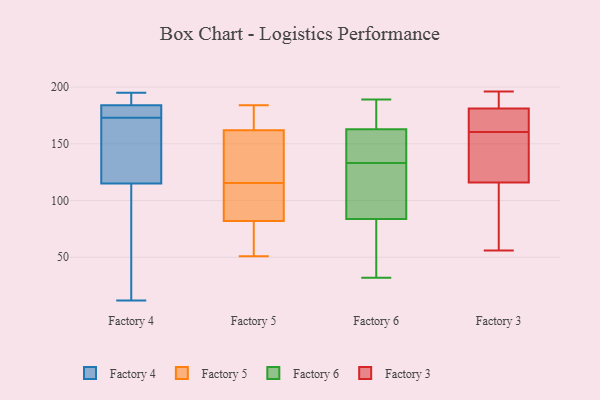
{"axis": {"x": "Backlog", "y": "Value"}, "legend": ["Factory 3", "Factory 4", "Factory 5", "Factory 6"], "data": [{"x": "", "y": 39, "type": "Factory 4"}, {"x": "", "y": 193, "type": "Factory 4"}, {"x": "", "y": 133, "type": "Factory 4"}, {"x": "", "y": 182, "type": "Factory 4"}, {"x": "", "y": 180, "type": "Factory 4"}, {"x": "", "y": 184, "type": "Factory 4"}, {"x": "", "y": 195, "type": "Factory 4"}, {"x": "", "y": 115, "type": "Factory 4"}, {"x": "", "y": 12, "type": "Factory 4"}, {"x": "", "y": 166, "type": "Factory 4"}, {"x": "", "y": 82, "type": "Factory 5"}, {"x": "", "y": 183, "type": "Factory 5"}, {"x": "", "y": 111, "type": "Factory 5"}, {"x": "", "y": 51, "type": "Factory 5"}, {"x": "", "y": 184, "type": "Factory 5"}, {"x": "", "y": 103, "type": "Factory 5"}, {"x": "", "y": 162, "type": "Factory 5"}, {"x": "", "y": 75, "type": "Factory 5"}, {"x": "", "y": 162, "type": "Factory 5"}, {"x": "", "y": 120, "type": "Factory 5"}, {"x": "", "y": 32, "type": "Factory 6"}, {"x": "", "y": 146, "type": "Factory 6"}, {"x": "", "y": 177, "type": "Factory 6"}, {"x": "", "y": 182, "type": "Factory 6"}, {"x": "", "y": 65, "type": "Factory 6"}, {"x": "", "y": 120, "type": "Factory 6"}, {"x": "", "y": 133, "type": "Factory 6"}, {"x": "", "y": 150, "type": "Factory 6"}, {"x": "", "y": 118, "type": "Factory 6"}, {"x": "", "y": 171, "type": "Factory 6"}, {"x": "", "y": 47, "type": "Factory 6"}, {"x": "", "y": 160, "type": "Factory 6"}, {"x": "", "y": 90, "type": "Factory 6"}, {"x": "", "y": 95, "type": "Factory 6"}, {"x": "", "y": 189, "type": "Factory 6"}, {"x": "", "y": 146, "type": "Factory 6"}, {"x": "", "y": 51, "type": "Factory 6"}, {"x": "", "y": 116, "type": "Factory 3"}, {"x": "", "y": 179, "type": "Factory 3"}, {"x": "", "y": 196, "type": "Factory 3"}, {"x": "", "y": 113, "type": "Factory 3"}, {"x": "", "y": 158, "type": "Factory 3"}, {"x": "", "y": 185, "type": "Factory 3"}, {"x": "", "y": 181, "type": "Factory 3"}, {"x": "", "y": 56, "type": "Factory 3"}, {"x": "", "y": 128, "type": "Factory 3"}, {"x": "", "y": 163, "type": "Factory 3"}, {"x": "", "y": 168, "type": "Factory 3"}, {"x": "", "y": 188, "type": "Factory 3"}, {"x": "", "y": 57, "type": "Factory 3"}, {"x": "", "y": 139, "type": "Factory 3"}]}